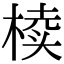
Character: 椟